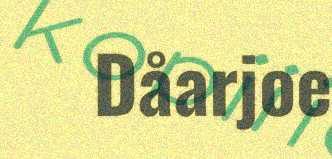
Dåarjoe